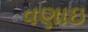
વણાઇ